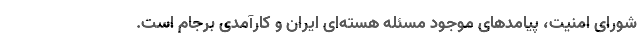
شورای امنیت، پیامدهای موجود مسئله هسته‌ای ایران و کارآمدی برجام است.